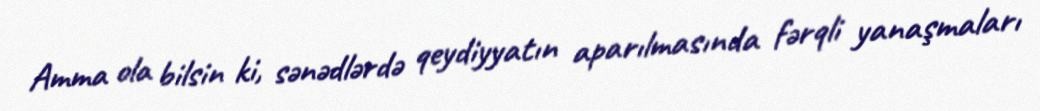
Amma ola bilsin ki, sənədlərdə qeydiyyatın aparılmasında fərqli yanaşmaları